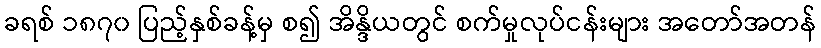
ခရစ် ၁၈၇၀ ပြည့်နှစ်ခန့်မှ စ၍ အိန္ဒိယတွင် စက်မှုလုပ်ငန်းများ အတော်အတန်